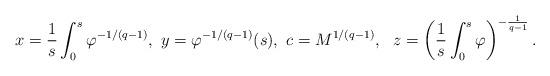
LaTeX: \begin{align*}x=\frac 1 s \int_0^s\varphi^{-1/(q-1)},\ y=\varphi^{-1/(q-1)}(s),\ c=M^{1/(q-1)},\ \ z = \left(\frac 1 s \int_0^s \varphi\right)^{-\frac 1 {q-1}}.\end{align*}